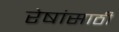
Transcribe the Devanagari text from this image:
रेषांसाठी